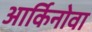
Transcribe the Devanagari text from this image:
आर्किनोवा